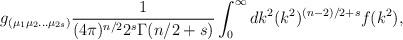
LaTeX: \begin{align*}g_{(\mu_1\mu_2\ldots\mu_{2s})} \frac{1}{(4\pi)^{n/2}2^s\Gamma(n/2+ s)} \int_{0}^{\infty}dk^2(k^2)^{(n-2)/2 + s} f(k^2),\end{align*}